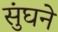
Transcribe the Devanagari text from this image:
सुंघने